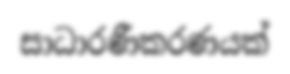
සාධාරණීකරණයක්